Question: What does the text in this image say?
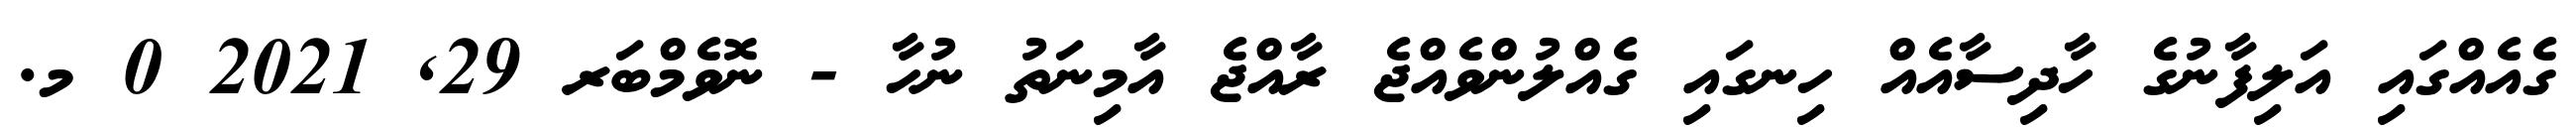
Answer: ގެއެއްގައި އަލިފާނުގެ ހާދިސާއެއް ހިނގައި ގެއްލުންވެއްޖެ ރާއްޖެ އާމިނަތު ނުހާ - ނޮވެމްބަރ 29, 2021 0 މ.